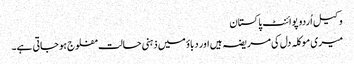
وکیل اُردو پوائنٹ پاکستان
میری موکلہ دل کی مریضہ ہیں اور دباؤ میں ذہنی حالت مفلوج ہو جاتی ہے۔